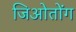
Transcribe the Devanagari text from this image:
जिओतोंग